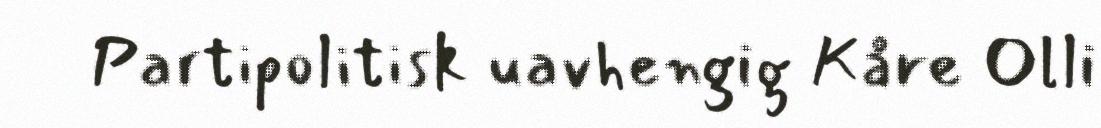
Partipolitisk uavhengig Kåre Olli